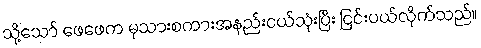
သို့သော် ဖေဖေက မုသားစကားအနည်းငယ်သုံးပြီး ငြင်းပယ်လိုက်သည်။